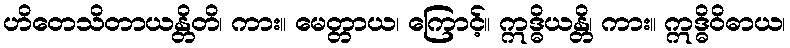
ဟိတေသိတာယန္တိတိ၊ ကား။ မေတ္တာယ၊ ကြောင့်။ ဣဒ္ဓိယန္တိ၊ ကား။ ဣဒ္ဓိဝိဓာယ၊